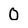
Character: 0